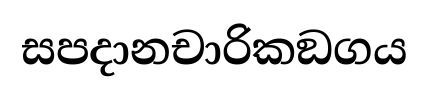
සපදානචාරිකඞගය